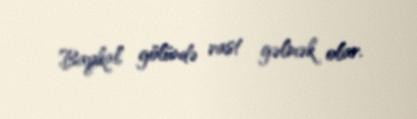
Baykal gölündə rast gəlmək olar.